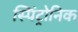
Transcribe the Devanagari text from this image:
स्पिंट्रोनिक